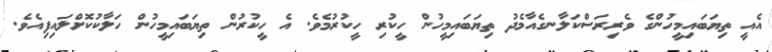
އެއީ ތިޔަބައިމީހުންގެ ވެރިރަސްކަލާނގެއާމެދު ތިޔަބައިމީހުން ހީކުރި ހީކުރުމެވެ. އެ ހީކުރުން ތިޔަބައިމީހުން ހަލާކުކޮށްލައިފިއެވެ.